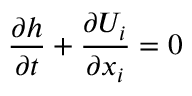
\frac { \partial h } { \partial t } + \frac { \partial { { U } _ { i } } } { \partial { { x } _ { i } } } = 0